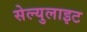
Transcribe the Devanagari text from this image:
सेल्युलाइट